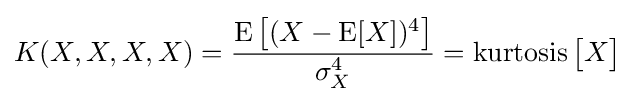
K(X,X,X,X)={\operatorname {E} {{\big [}(X-\operatorname {E} [X])^{4}{\big ]}} \over \sigma _{X}^{4}}={\operatorname {kurtosis} {\big [}X{\big ]}}